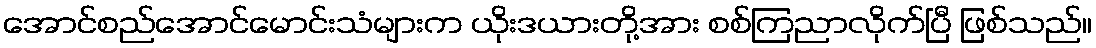
အောင်စည်အောင်မောင်းသံများက ယိုးဒယားတို့အား စစ်ကြညာလိုက်ပြီ ဖြစ်သည်။